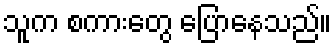
သူက စကားတွေ ပြောနေသည်။